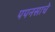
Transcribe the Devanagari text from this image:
पपनसाचे